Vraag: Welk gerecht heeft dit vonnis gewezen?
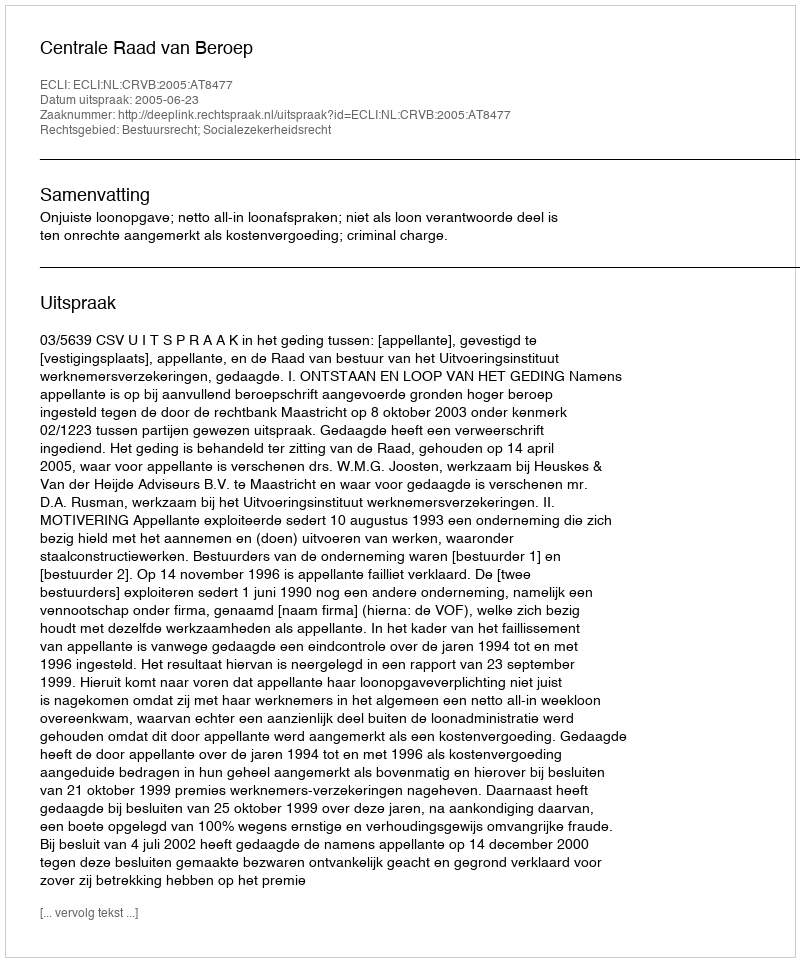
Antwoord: Centrale Raad van Beroep